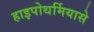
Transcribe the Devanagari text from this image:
हाइपोथर्मियासे